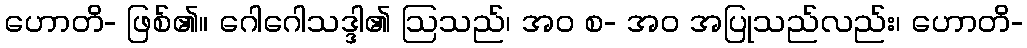
ဟောတိ- ဖြစ်၏။ ဂေါဂေါသဒ္ဒါ၏ ဩသည်၊ အဝ စ- အဝ အပြုသည်လည်း၊ ဟောတိ-